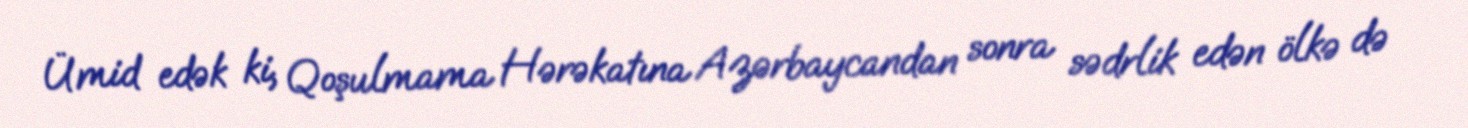
Ümid edək ki, Qoşulmama Hərəkatına Azərbaycandan sonra sədrlik edən ölkə də